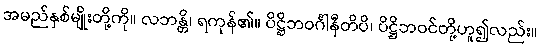
အမည်နှစ်မျိုးတို့ကို။ လဘန္တိ၊ ရကုန်၏။ ပိဋ္ဌိဘဝင်္ဂါနီတိပိ၊ ပိဋ္ဌိဘဝင်တို့ဟူ၍လည်း။